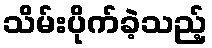
သိမ်းပိုက်ခဲ့သည့်